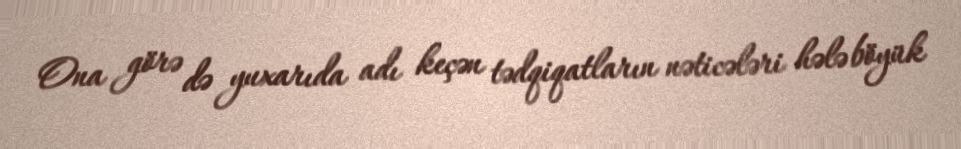
Ona görə də yuxarıda adı keçən tədqiqatların nəticələri hələ böyük